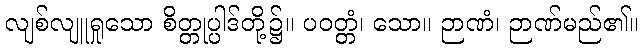
လျစ်လျူရှုသော စိတ္တုပ္ပါဒ်တို့၌။ ပဝတ္တံ၊ သော။ ဉာဏံ၊ ဉာဏ်မည်၏။